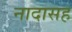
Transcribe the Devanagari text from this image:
नादासह